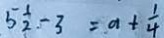
5 \frac { 1 } { 2 } - 3 = a + \frac { 1 } { 4 }